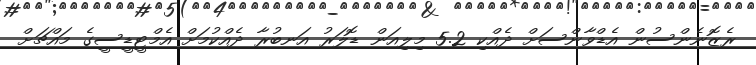
ރެޒޮނެންސުން އެޑްވާންސަށް ދެއްކި 5.2 މިލިއަން ޑޮލަރު އަނބުރާ ދެއްކުމަށް އެމްޓީޑީސީގެ މައްޗަށް